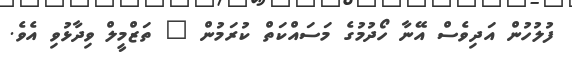
ފުލުހުން އަދިވެސް އޭނާ ހޯދުމުގެ މަސައްކަތް ކުރަމުން " ތަޒްމީލް ވިދާޅުވި އެވެ.